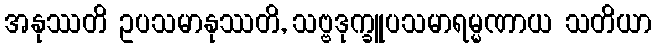
အနုဿတိ ဥပသမာနုဿတိ, သဗ္ဗဒုက္ခူပသမာရမ္မဏာယ သတိယာ